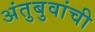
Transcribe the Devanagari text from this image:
अंतुबुवांची